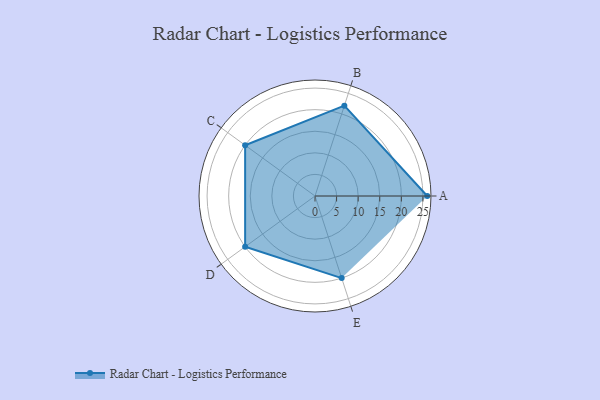
{"axis": {"x": "Skill", "y": "Score"}, "legend": ["Profile"], "data": [{"x": "A", "y": 26.0, "type": "Profile"}, {"x": "B", "y": 22.0, "type": "Profile"}, {"x": "C", "y": 20, "type": "Profile"}, {"x": "D", "y": 20, "type": "Profile"}, {"x": "E", "y": 20, "type": "Profile"}]}